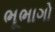
ભૂભાગો